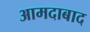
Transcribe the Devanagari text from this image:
आमदाबाद